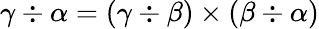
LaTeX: \gamma\div\alpha=(\gamma\div\beta)\times(\beta\div\alpha)